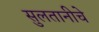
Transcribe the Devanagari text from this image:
सुलतानीचे